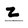
Character: F